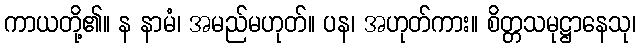
ကာယတို့၏။ န နာမံ၊ အမည်မဟုတ်။ ပန၊ အဟုတ်ကား။ စိတ္တသမုဋ္ဌာနေသု၊